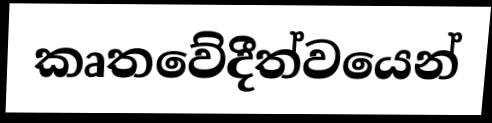
කෘතවේදීත්වයෙන්